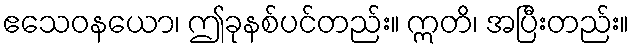
ဧသေဝနယော၊ ဤခုနစ်ပင်တည်း။ ဣတိ၊ အပြီးတည်း။